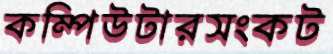
কম্পিউটারসংকট